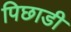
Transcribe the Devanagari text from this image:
पिछाडी